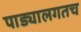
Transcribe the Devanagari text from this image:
पाड्यालगतच